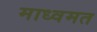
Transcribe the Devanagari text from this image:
माध्वमत